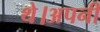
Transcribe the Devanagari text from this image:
थे।अपनी